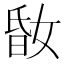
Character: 𡝪